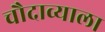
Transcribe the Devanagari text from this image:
चौदाव्याला